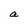
Character: a